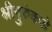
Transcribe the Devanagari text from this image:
श्रीगुरुंकडे